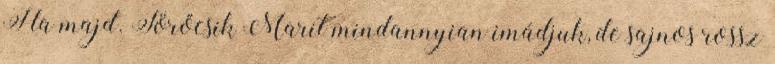
Ha majd. Törőcsik Marit mindannyian imádjuk, de sajnos rossz